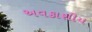
અવકાશીય